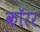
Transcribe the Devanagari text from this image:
कॉरर